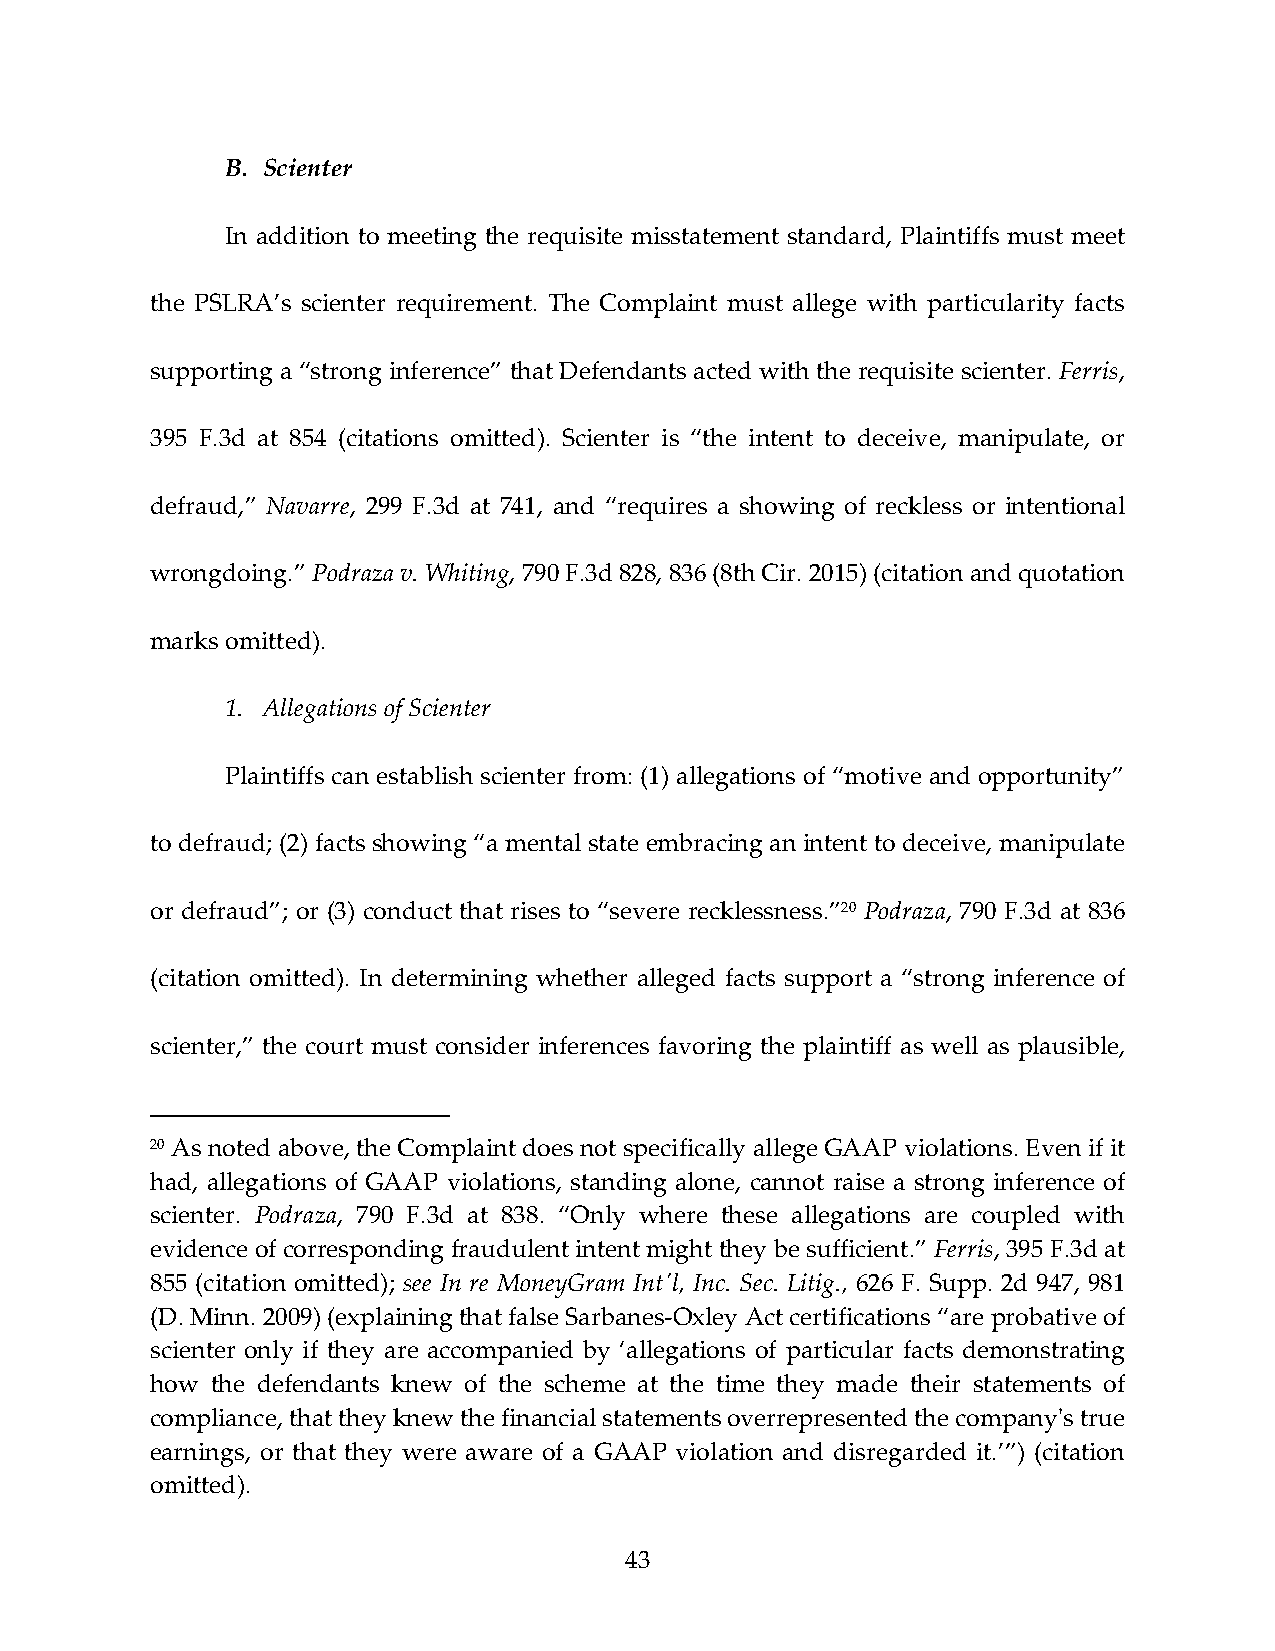
B. Scienter
 In addition to meeting the requisite misstatement standard, Plaintiffs must meet
 the PSLRA’s scienter requirement. The Complaint must allege with particularity facts
 supporting a “strong inference” that Defendants acted with the requisite scienter. Ferris,
 395 F.3d at 854 (citations omitted). Scienter is “the intent to deceive, manipulate, or
 defraud,” Navarre, 299 F.3d at 741, and “requires a showing of reckless or intentional
 wrongdoing.” Podraza v. Whiting, 790 F.3d 828, 836 (8th Cir. 2015) (citation and quotation
 marks omitted).
 1. Allegations of Scienter
 Plaintiffs can establish scienter from: (1) allegations of “motive and opportunity”
 to defraud; (2) facts showing “a mental state embracing an intent to deceive, manipulate
 or defraud”; or (3) conduct that rises to “severe recklessness.”20 Podraza, 790 F.3d at 836
 (citation omitted). In determining whether alleged facts support a “strong inference of
 scienter,” the court must consider inferences favoring the plaintiff as well as plausible,
 20 As noted above, the Complaint does not specifically allege GAAP violations. Even if it
 had, allegations of GAAP violations, standing alone, cannot raise a strong inference of
 scienter. Podraza, 790 F.3d at 838. “Only where these allegations are coupled with
 evidence of corresponding fraudulent intent might they be sufficient.” Ferris, 395 F.3d at
 855 (citation omitted); see In re MoneyGram Intʹl, Inc. Sec. Litig., 626 F. Supp. 2d 947, 981
 (D. Minn. 2009) (explaining that false Sarbanes‐Oxley Act certifications “are probative of
 scienter only if they are accompanied by ‘allegations of particular facts demonstrating
 how the defendants knew of the scheme at the time they made their statements of
 compliance, that they knew the financial statements overrepresented the companyʹs true
 earnings, or that they were aware of a GAAP violation and disregarded it.’”) (citation
 omitted).
 43